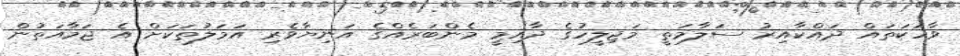
ވާހަކަތައް ދައްކާއިރު ސަލާމަތީ މަޖިލީހުގެ ދާއިމީ މެންބަރެއްގެ އަނިޔާވެރި އަމަލުތަކަށް އެ ޖަމާއަތުން